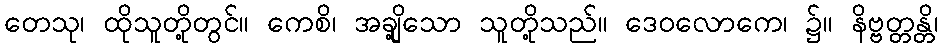
တေသု၊ ထိုသူတို့တွင်။ ကေစိ၊ အချို့သော သူတို့သည်။ ဒေဝလောကေ၊ ၌။ နိဗ္ဗတ္တန္တိ၊